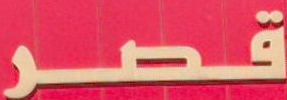
قـصــر